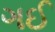
ગઈ